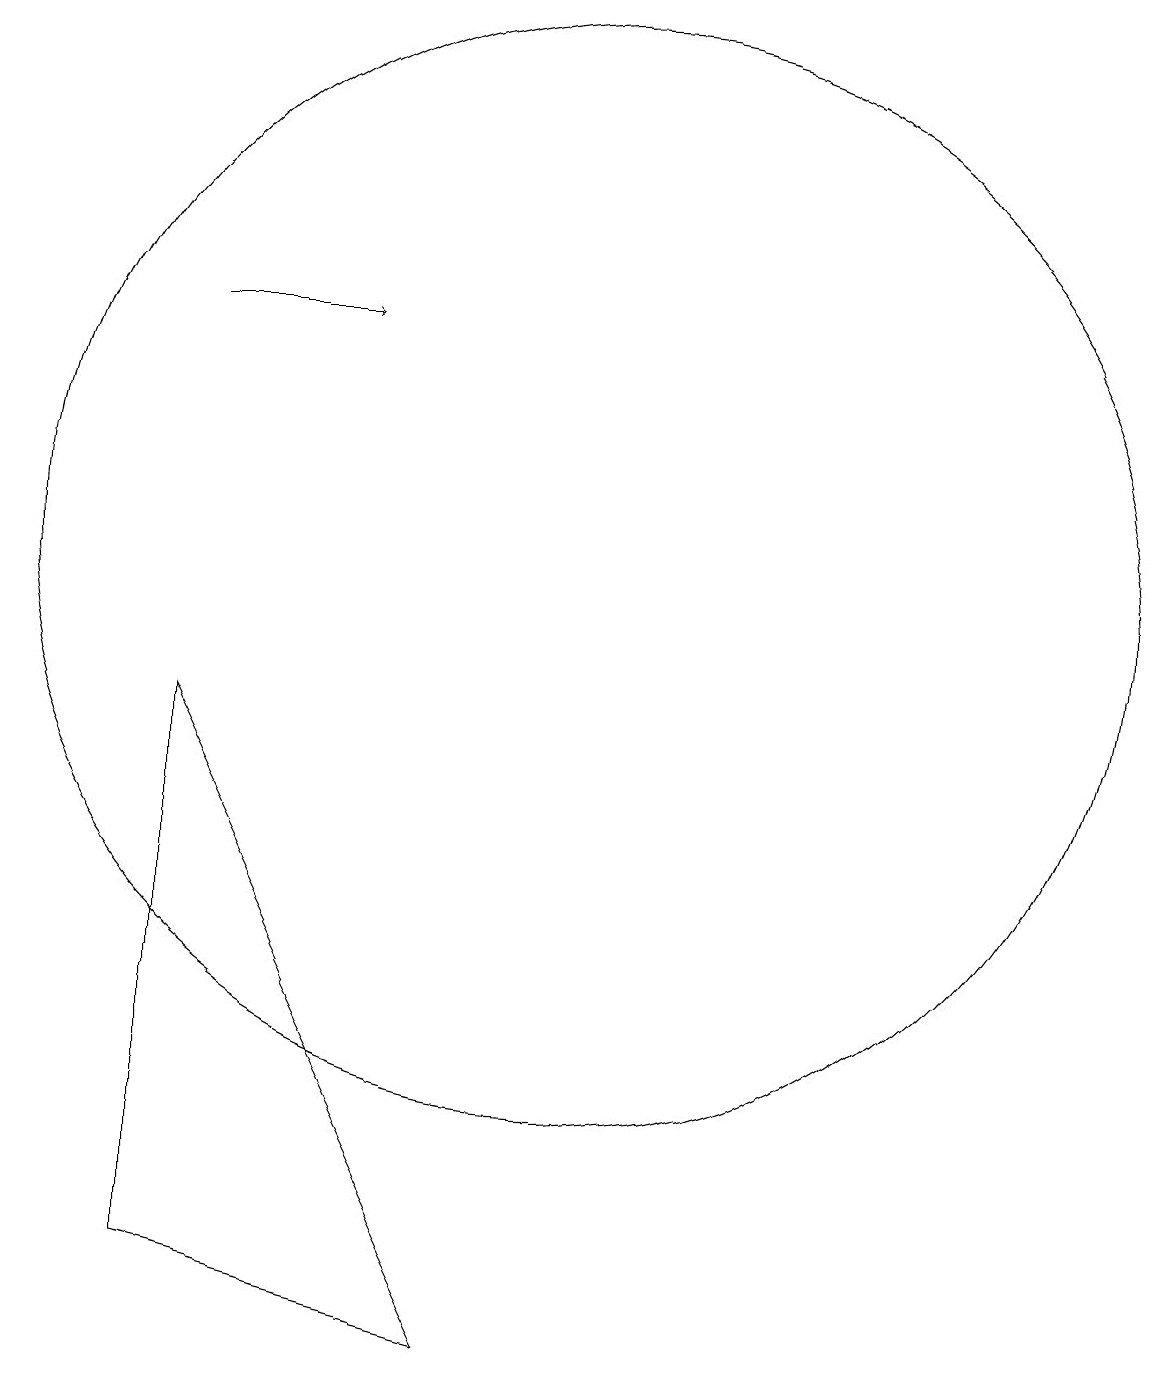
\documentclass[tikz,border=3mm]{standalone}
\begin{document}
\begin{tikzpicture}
\draw (10,11) circle (7);
\draw (9,1) -- (5,2) -- (5,9) -- cycle;
\draw[->] (5,14) -- (7,14);
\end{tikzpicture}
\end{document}